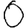
Digit: 0